65_HS1-834228961_62-HQ-83894_Section_3
Agency: FBI
Page 46
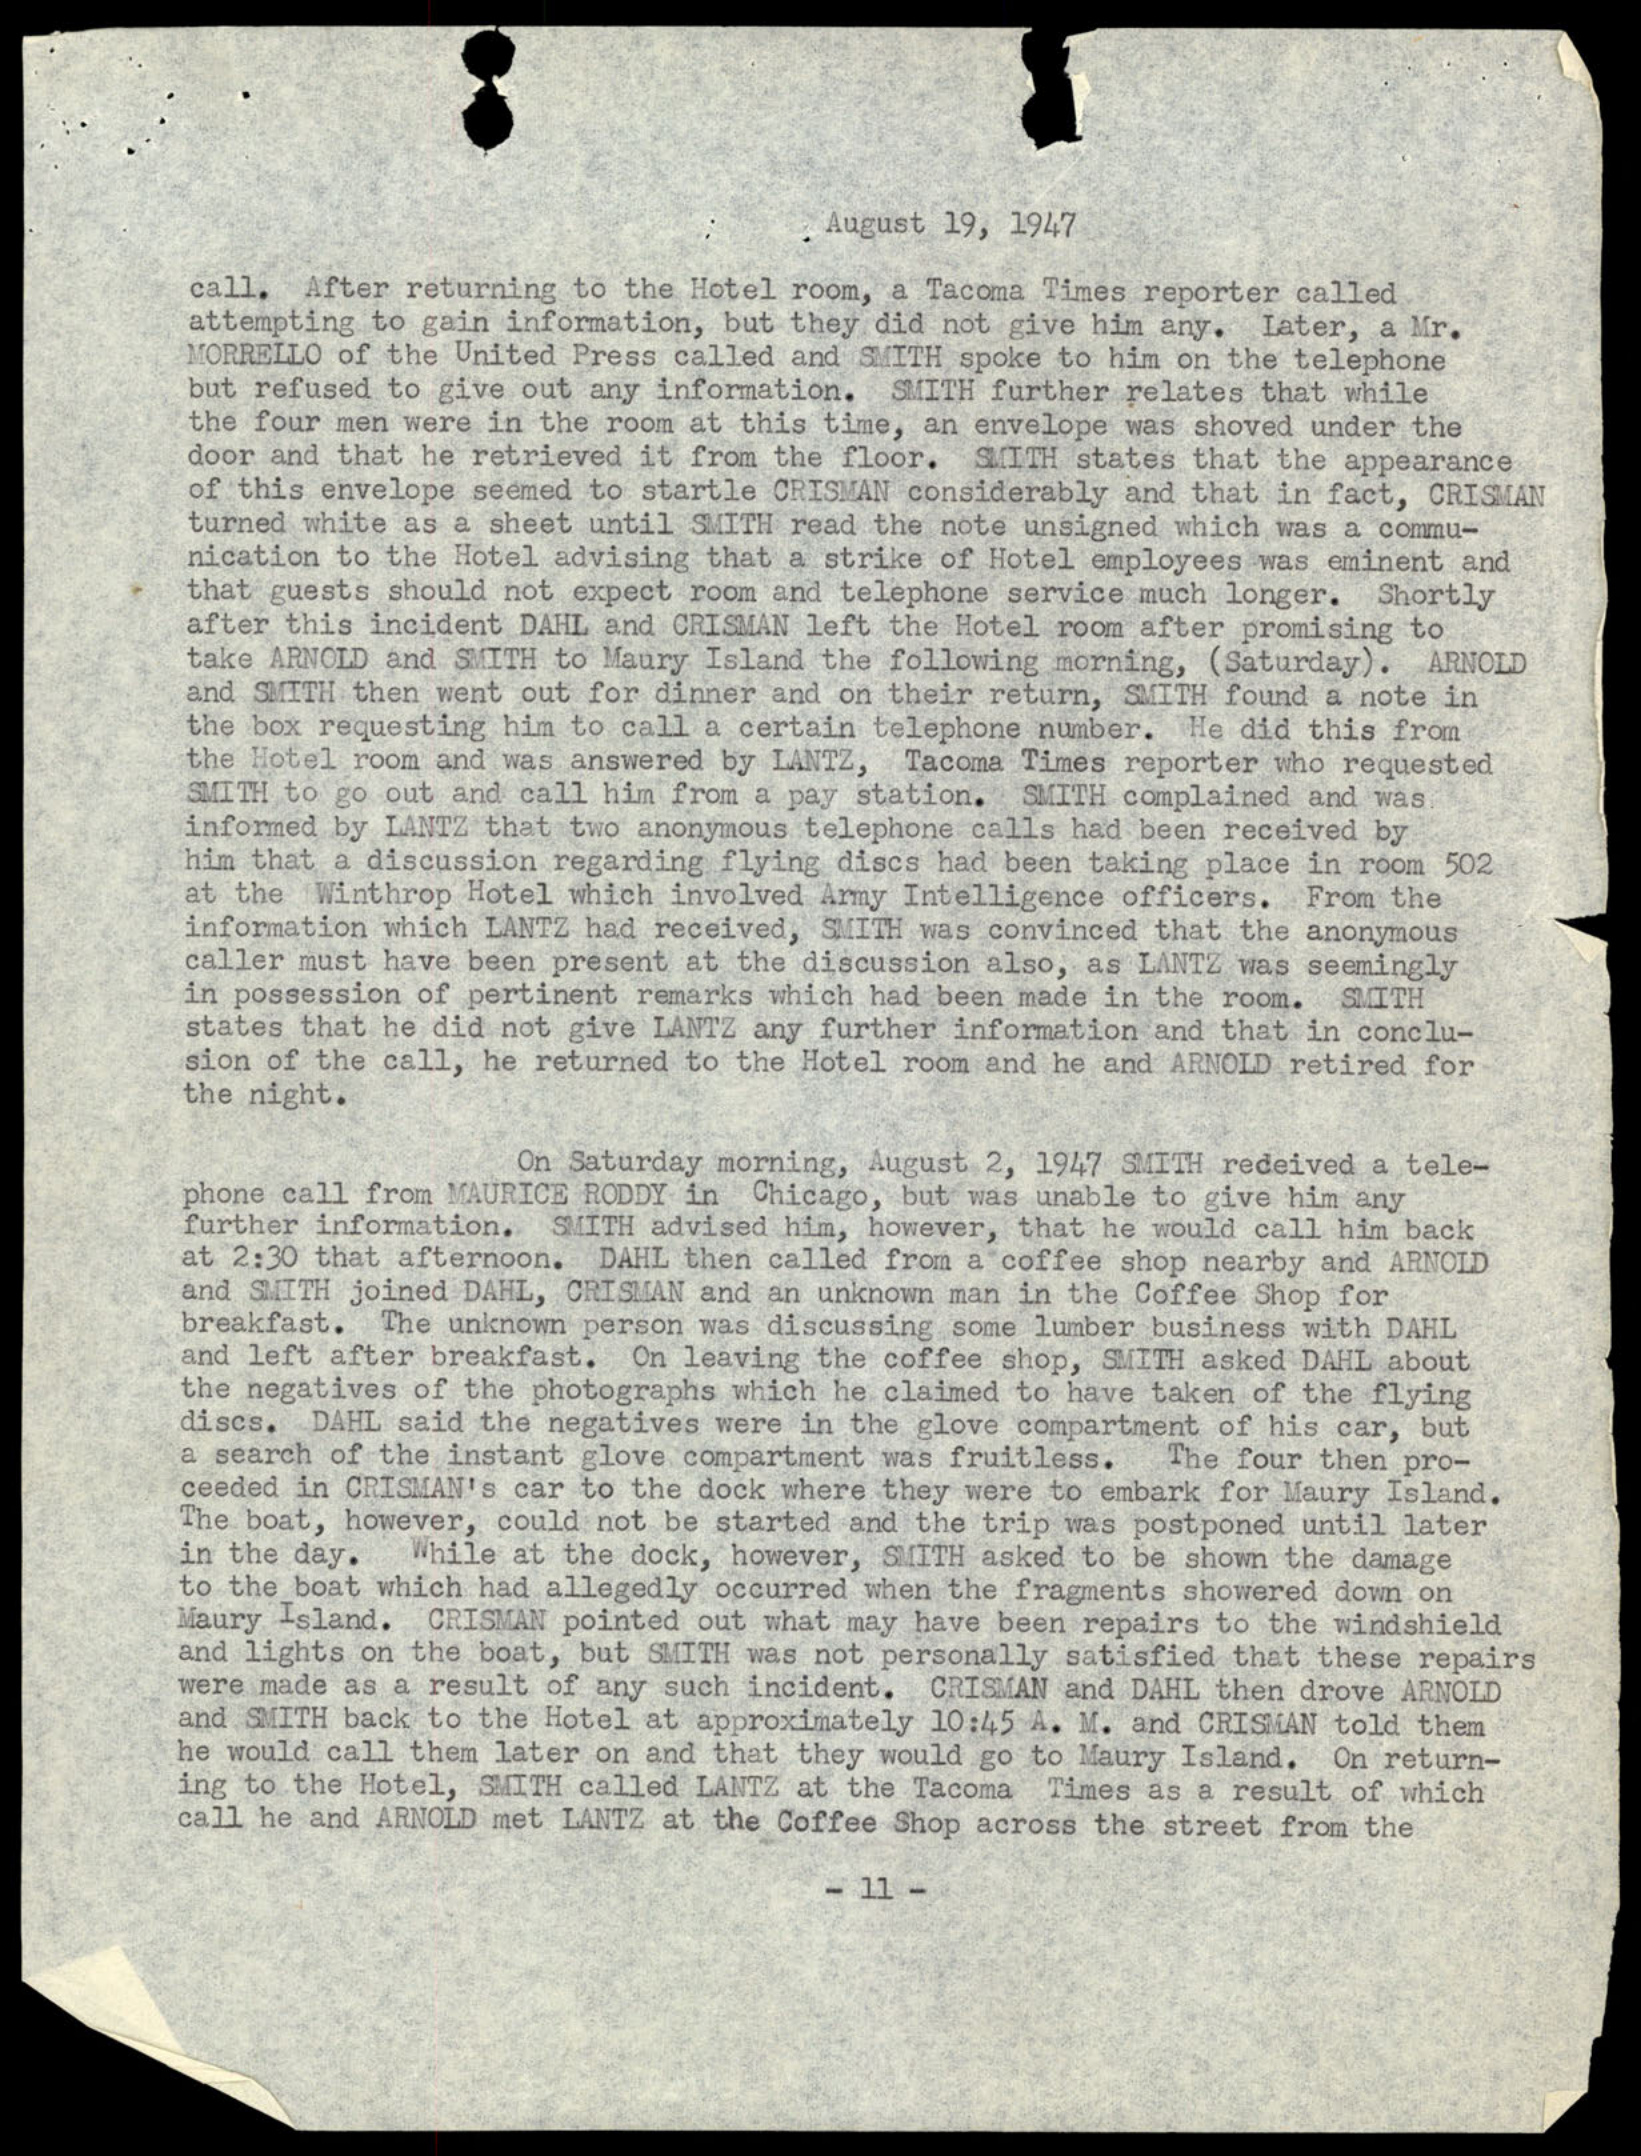